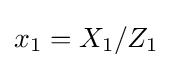
x_{1}=X_{1}/Z_{1}